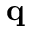
\bf q